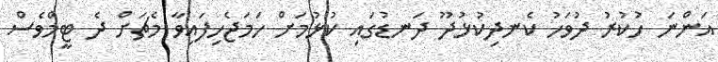
އަންނަ ހުކުރު ދުވަހު ކެނދިކުޅުދޫ ދަނޑުގައި ކުޅުމަށް ހަމަޖެހިފައިވާ މެޗަށް ދެ ޓީމްވެސް